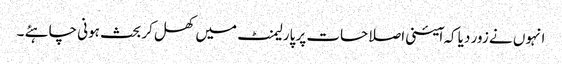
انہوں نے زور دیا کہ ا ٓئینی اصلاحات پر پارلیمنٹ میں کھل کر بحث ہونی چاہئے ۔